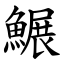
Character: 䱼